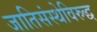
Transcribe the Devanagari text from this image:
जातिसंस्थेविरुद्ध